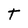
Character: T